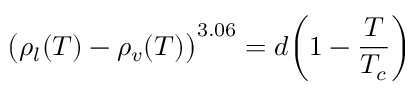
\big ( \rho _ { l } ( T ) - \rho _ { v } ( T ) \big ) ^ { 3 . 0 6 } = d \bigg ( 1 - \frac { T } { T _ { c } } \bigg )